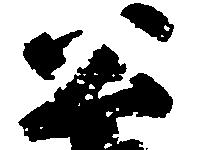
公